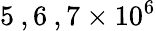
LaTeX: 5\: ,6\: ,7\times 10^{6}